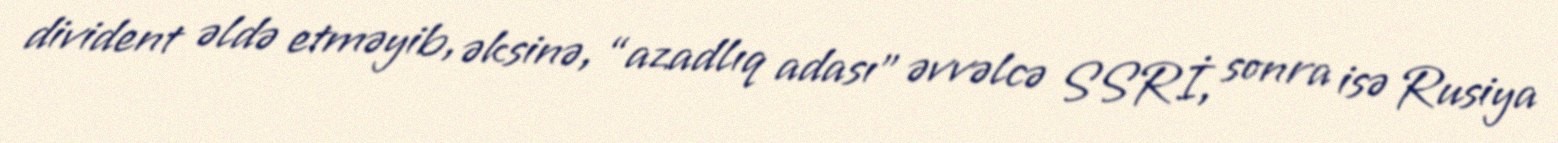
divident əldə etməyib, əksinə, “azadlıq adası” əvvəlcə SSRİ, sonra isə Rusiya